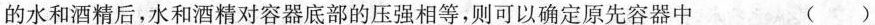
的水和酒精后，水和酒精对容器底部的压强相等，则可以确定原先容器中 ( )